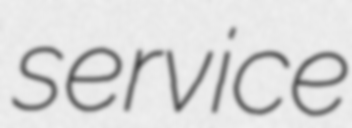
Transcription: service